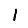
Digit: 1